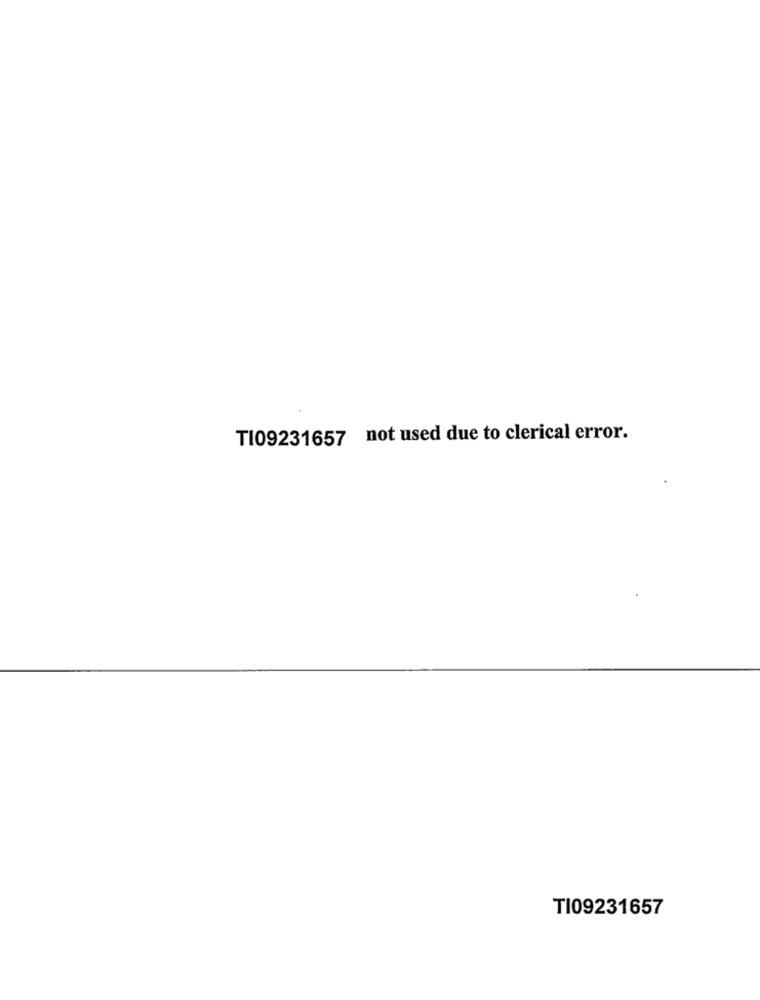
TI09231657 not used due to clerical error.
TI09231657